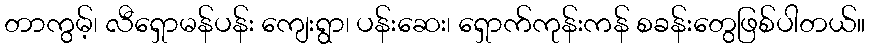
တာကွမ့်၊ လီရှောမန်ပန်း ကျေးရွာ၊ ပန်းဆေး၊ ရှောက်ကုန်းကန် စခန်းတွေဖြစ်ပါတယ်။